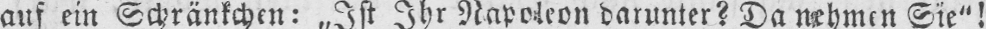
auf ein Schränkchen: „Ist Ihr Napoleon darunter? Da nehmen Sie“!